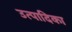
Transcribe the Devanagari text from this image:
उत्पादिका